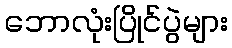
ဘောလုံးပြိုင်ပွဲများ